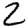
Digit: 2